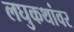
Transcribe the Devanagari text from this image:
लघुकथांवर